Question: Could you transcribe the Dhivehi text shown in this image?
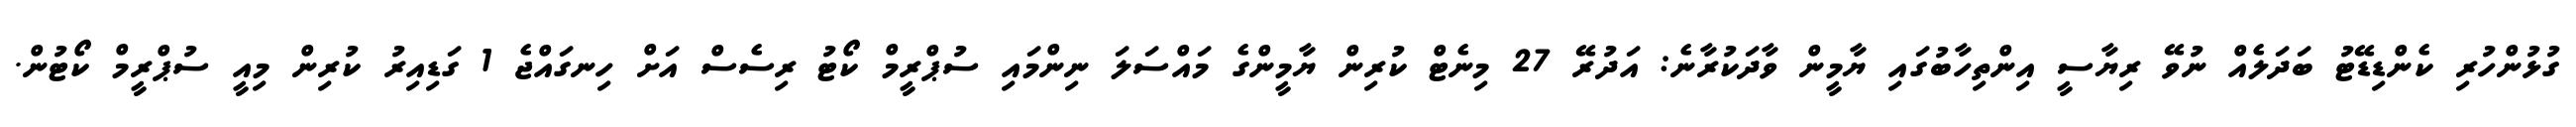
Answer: ގުޅުންހުރި ކެންޑިޑޭޓު ބަދަލެއް ނުވޭ ރިޔާސީ އިންތިހާބުގައި ޔާމީން ވާދަކުރާނެ: އަދުރޭ 27 މިނެޓް ކުރިން ޔާމީންގެ މައްސަލަ ނިންމައި ސުޕްރީމް ކޯޓު ރިސެސް އަށް ހިނގައްޖެ 1 ގަޑިއިރު ކުރިން މިއީ ސުޕްރީމް ކޯޓުން.